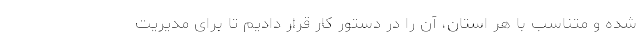
شده و متناسب با هر استان، آن را در دستور کار قرار دادیم تا برای مدیریت